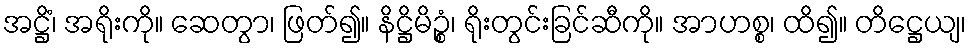
အဋ္ဌိံ၊ အရိုးကို။ ဆေတွာ၊ ဖြတ်၍။ နိဋ္ဌိမိဉ္စံ၊ ရိုးတွင်းခြင်ဆီကို။ အာဟစ္စ၊ ထိ၍။ တိဋ္ဌေယျ၊